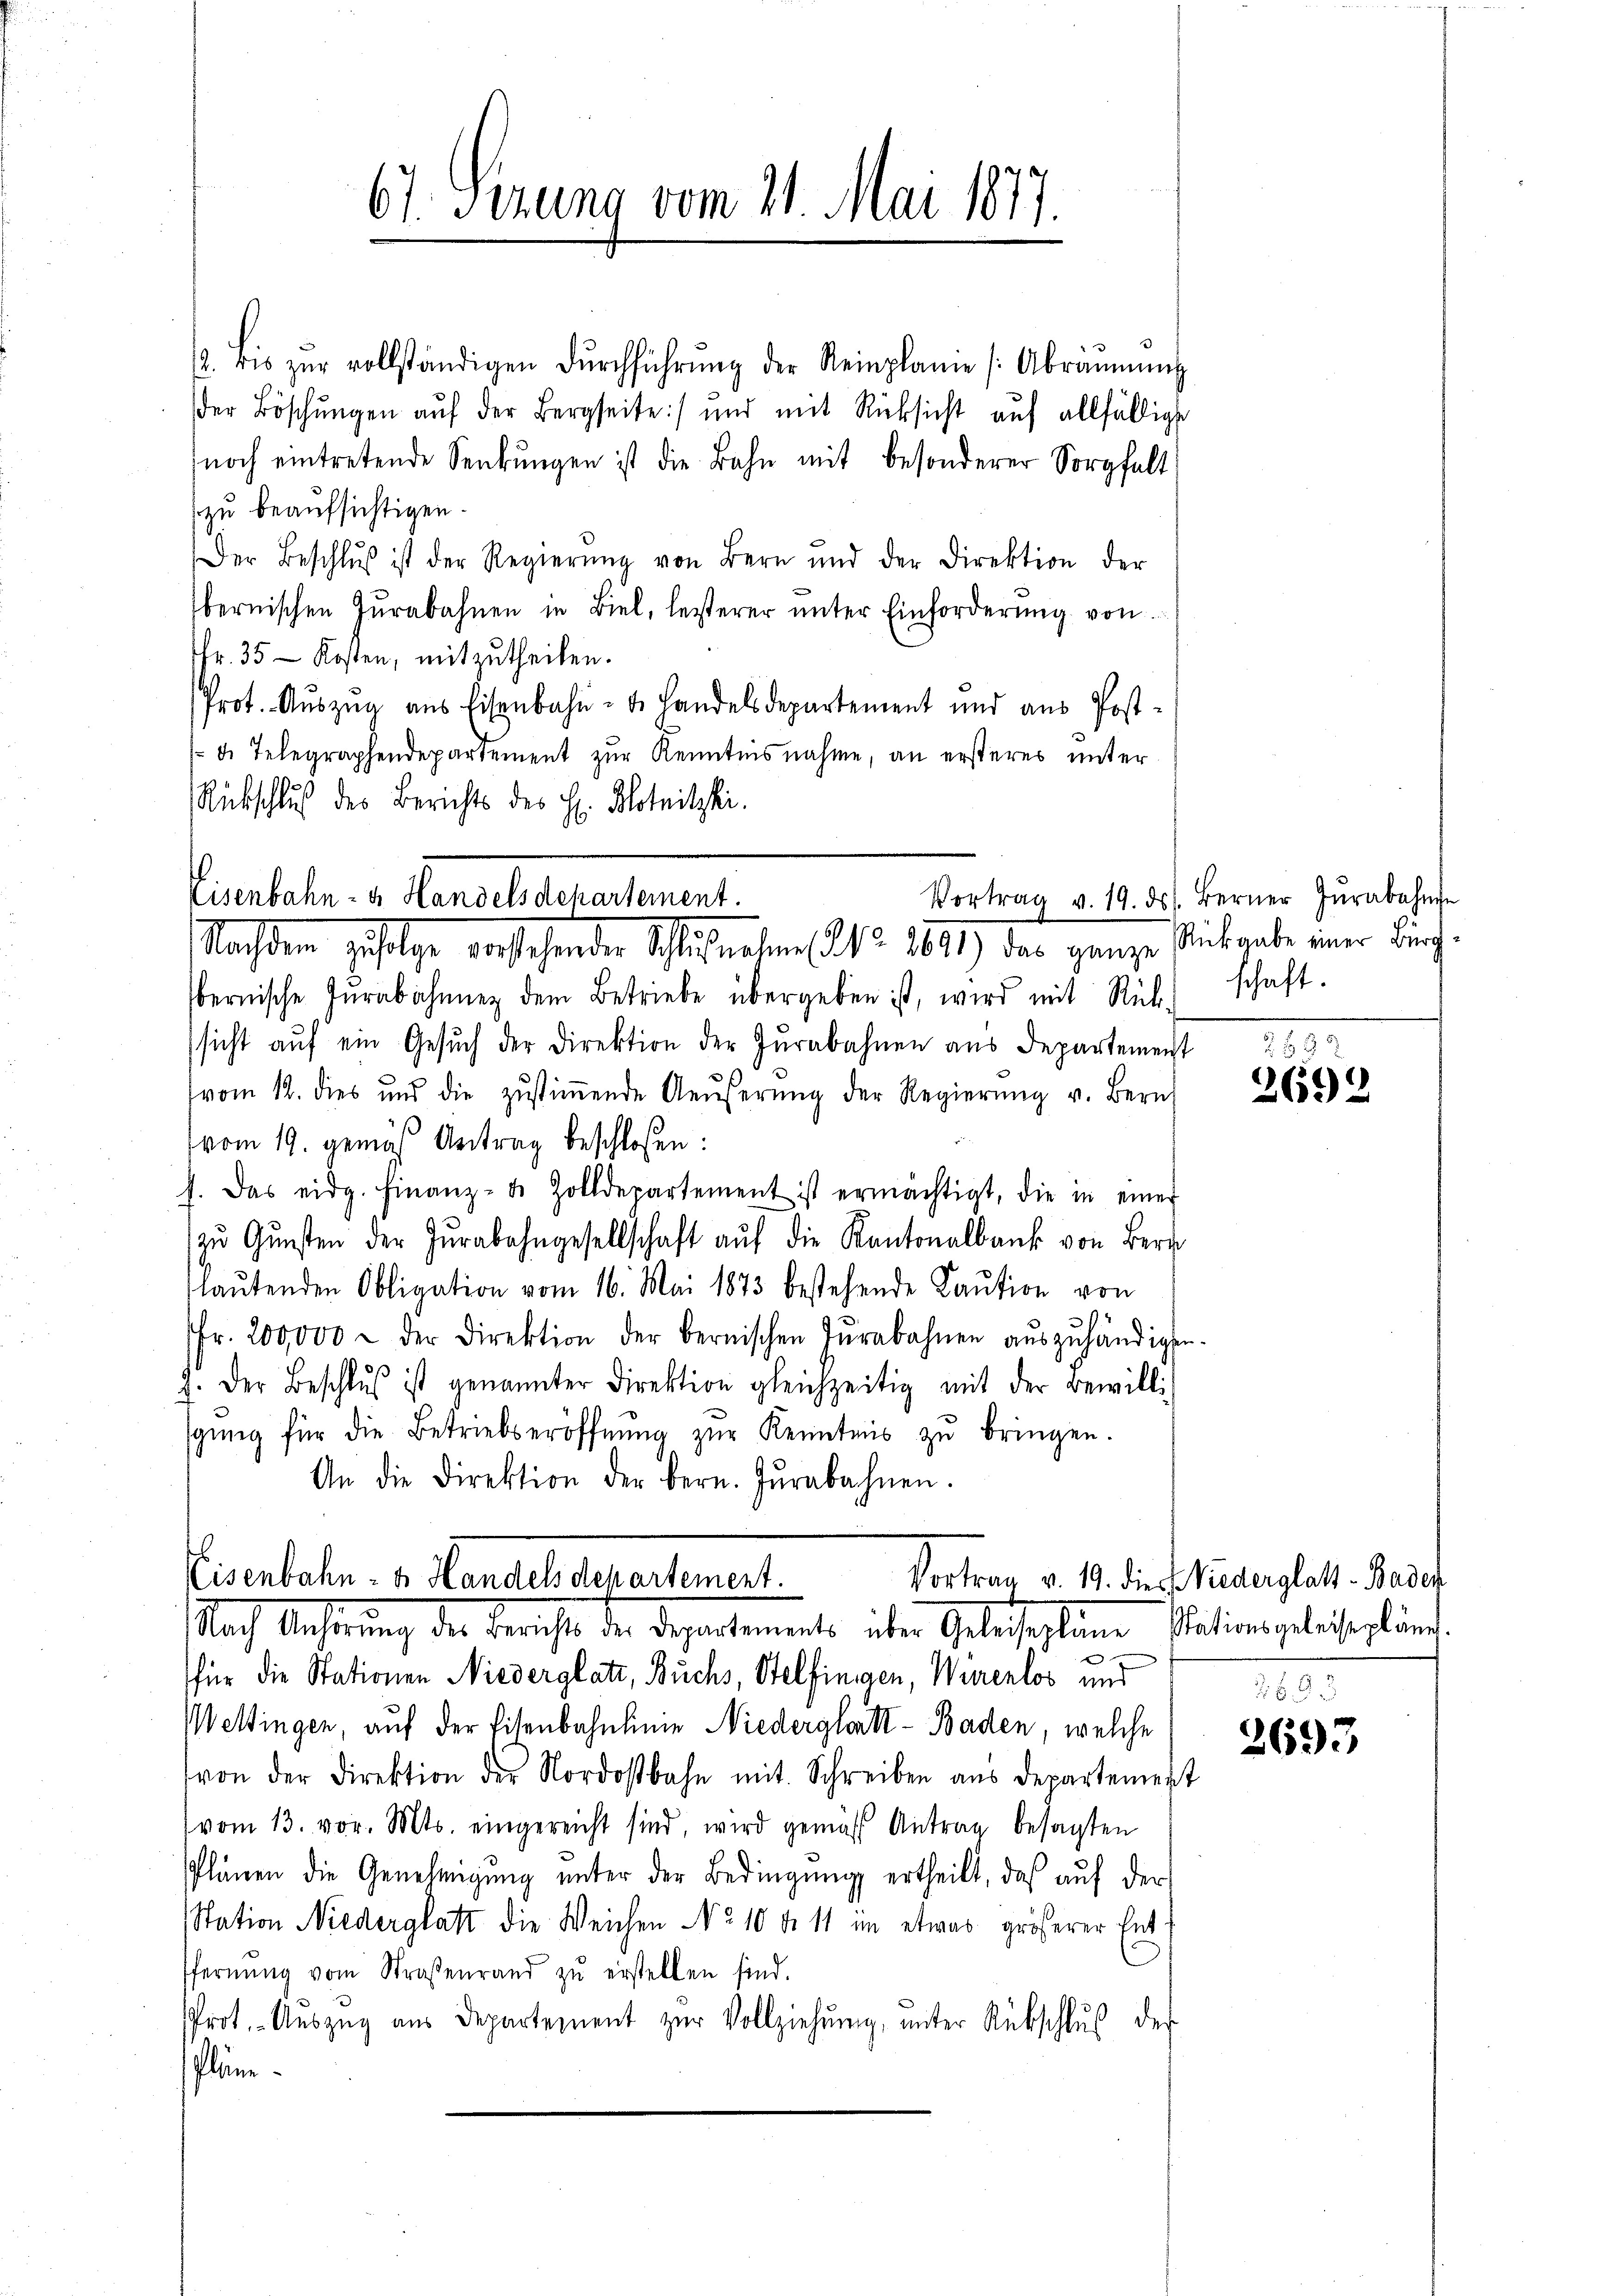
67. Senung vom 21. Mai 1877.

zu beaufsichtigen.
Nr. 35 - Kosten, mitzutheilen.
Rückschluß des Berichts des H. Blotnitzki

fietet. v. Kanal defectement.
e
Nachdem zufolge vorstehender Schlußnahme No 2671) das ganze Rückgabe einer Birch

bernische Inrabahnung dem Betriebe übergeben ist, wird mit Rück-
sicht aŭf ein Gesŭch der Direktion der Zŭrabahnen aus Departement
vom 12. dies und die zŭstiṁende Aeŭserŭng der Regierŭng v. Bern
vom 19. gemäß Antrag beschloßen:
s. Das eidg. Finanz-de Zolldepartement ist ermächtigt, die in einer
zŭ Gŭnsten der Zŭrabahngesellschaft aŭf die Kantonalbank von Bern
laŭtenden Obligation vom 16. Mai 1873 bestehende Kaŭtion von
fr. 200,000 & der Direktion der bernischen Jŭrabahnen aŭszŭhändigt.
J. Der Beschlŭβ ist genannter Direktion gleichzeitig mit der Bewilli
gŭng für die Betriebseröffnŭng zŭr Kenntnis zŭ bringen.
An die Direktion der Bern. Jŭrabahnen.

Eisenbahn- u. Handels departement.
Nach Anhörung der Bericht der Departementes über Gelosigkeine Nationsgelich gländ

2. bis zŭr vollständigen Dŭrchführŭng der Reinplane (Abräŭmŭng
der Böschŭngen aŭf der Bergseite) und mit Rücksicht auf allfällige
noch eintretende Senkungen ist die Bahn mit besonderer Sorgfalt
Der Beschlŭβ ist der Regierŭng von Bern und der Direktion der
bernischen Jŭrabahnen in Biel, letzterer ŭnter Einforderŭng von
Prot. Auszug aus Eisenbahn- u. Landelsdepartement und aus Post-
d. Telegraphendepartement zur Kenntnisnahme, an ersteres unter

Vortrag v. 19. ds. Berner Zŭrabahne
schaft.

für die Stationen Niederglatt, Buchs, Stelfingen, Würenlos und
Weltingen, auf der Eisenbahnlinie Niederglatt - Baden, welche
von der Direktion der Nordostbahn mit Schreiben aŭs departement
(vom 13. vor. Mts. eingereicht sind, wird gemäss Antrag besagten
Plänen die Genehmigung unter der Bedingung ertheilt, daß auf der
Station Niederglatt die Weichen No 10 d. 11 im etwas größerer Ent
ffernŭng vom Straßenrand zŭ erstellen sind.
Prot. Aŭszŭg aŭs Departement zŭr Vollziehŭng, unter Rückschlŭβ des
Pläne.

2890.
2692

Vortrag v. 19. die Wiederglatt - Baden

3693